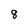
Character: 8